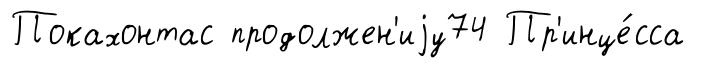
Покахонтас продолжен'иjу74 Пр'инце́сса